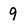
Character: 9